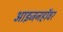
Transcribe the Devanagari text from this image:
आइजनहॉवर